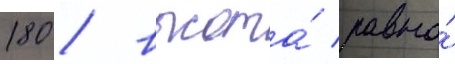
180 / высота́ равна́